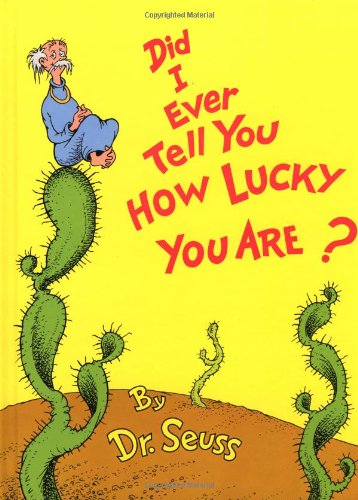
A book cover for Did I Ever Tell You How Lucky You Are? (Classic Seuss); Dr. Seuss; Humor & Entertainment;